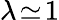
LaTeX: \lambda\! \simeq\! 1